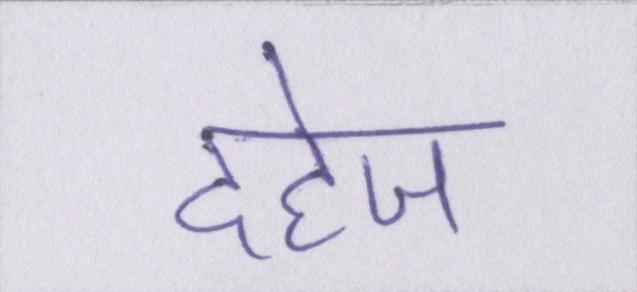
दहेज